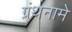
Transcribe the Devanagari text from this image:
ग्रंथनामे